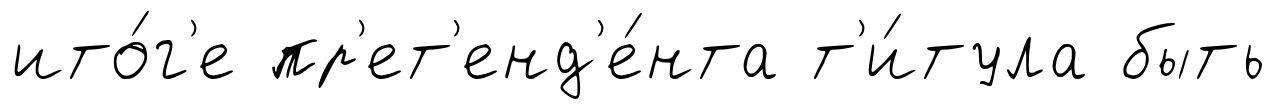
ито́г'е пр'ет'енд'е́нта т'и́тула быть